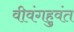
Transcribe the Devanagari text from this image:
वीवंगहुवंत